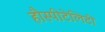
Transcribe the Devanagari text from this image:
हौस्पीटेलिटी